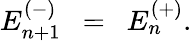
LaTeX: E_{n+1}^{(-)}~~=~~E_{n}^{(+)}.